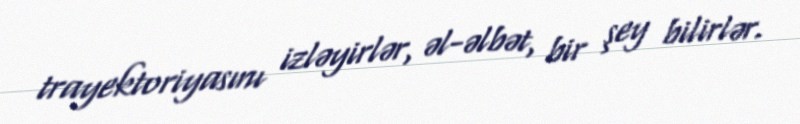
trayektoriyasını izləyirlər, əl-əlbət, bir şey bilirlər.